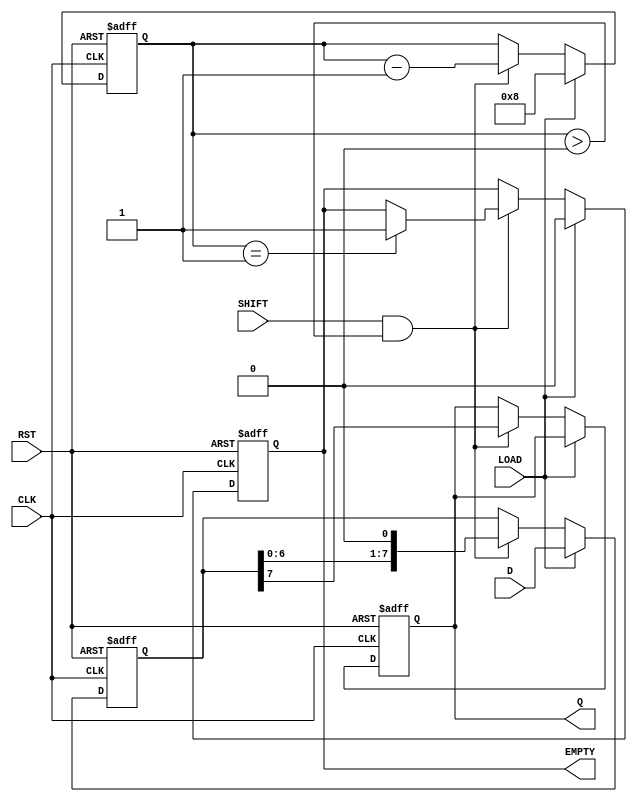
module Loadable_PISO #(
    parameter N = 8  // Define the bit width of the register
)(
    input  wire [N-1:0] D,      // Parallel data input
    input  wire LOAD,            // Load signal
    input  wire SHIFT,           // Shift signal
    input  wire CLK,             // Clock signal
    input  wire RST,             // Reset signal
    output reg  Q,               // Serial output
    output reg  EMPTY            // Empty flag
);
    reg [N-1:0] register;        // Internal shift register
    reg [3:0] count;             // Bit count for shifting out

    always @(posedge CLK or posedge RST) begin
        if (RST) begin
            register <= 0;        // Clear the register on reset
            Q <= 0;              // Clear serial output
            EMPTY <= 1;          // Set EMPTY flag
            count <= 0;          // Reset count
        end
        else if (LOAD) begin
            register <= D;        // Load data into the register
            EMPTY <= 0;          // Clear EMPTY flag when data is loaded
            count <= N;          // Initialize count to number of bits
        end
        else if (SHIFT && (count > 0)) begin
            Q <= register[N-1];   // Shift out the MSB
            register <= register << 1; // Shift left
            count <= count - 1;   // Decrement the count
            if (count == 1) begin 
                EMPTY <= 1;       // Set EMPTY flag when all bits have been shifted out
            end
        end
    end
endmodule